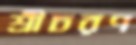
শ্রীচরণ